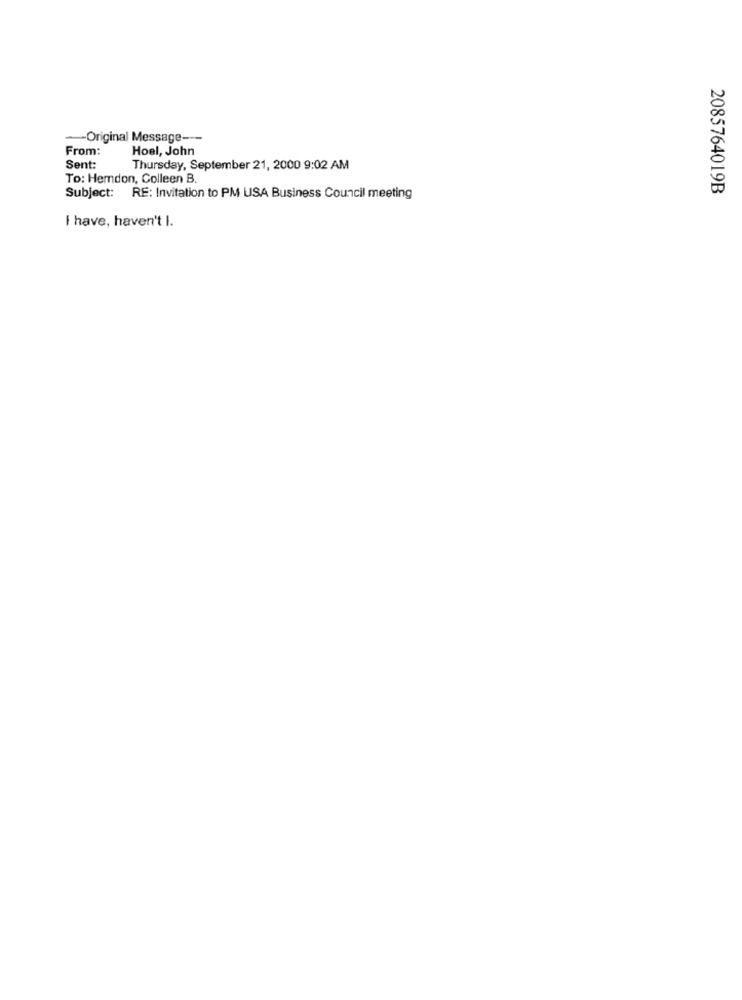
-Original Message ---
From:
Hoel, John
Sent:
Thursday, September 21, 2000 9:02 AM
To: Herndon, Colleen B.
2085764019B
Subject: RE: Invitation to PM USA Business Council meeting
I have, haven't I.